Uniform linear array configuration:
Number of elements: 12
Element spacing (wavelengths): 0.25
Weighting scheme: kaiser
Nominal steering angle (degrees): -45
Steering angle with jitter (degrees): -43.645
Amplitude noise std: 0.05
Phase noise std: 0.05

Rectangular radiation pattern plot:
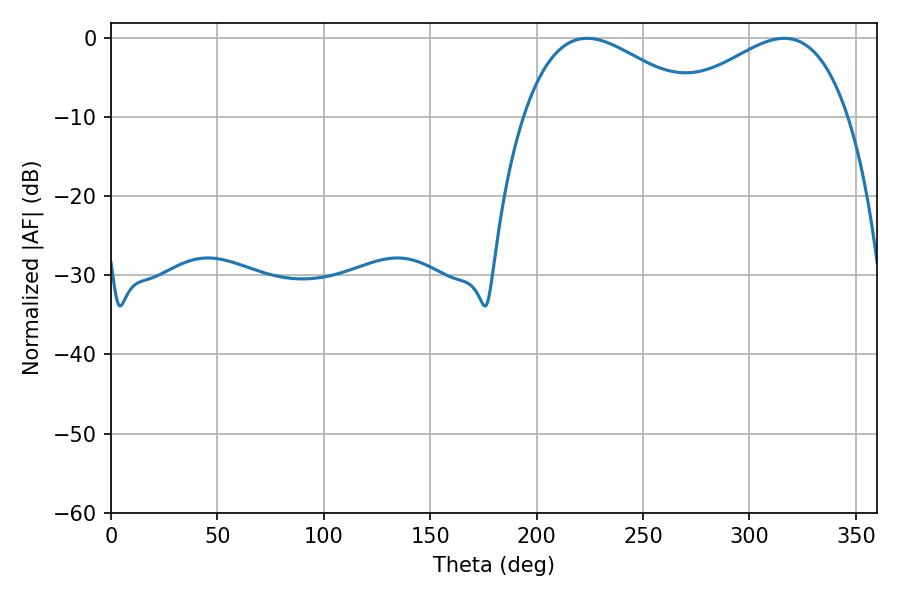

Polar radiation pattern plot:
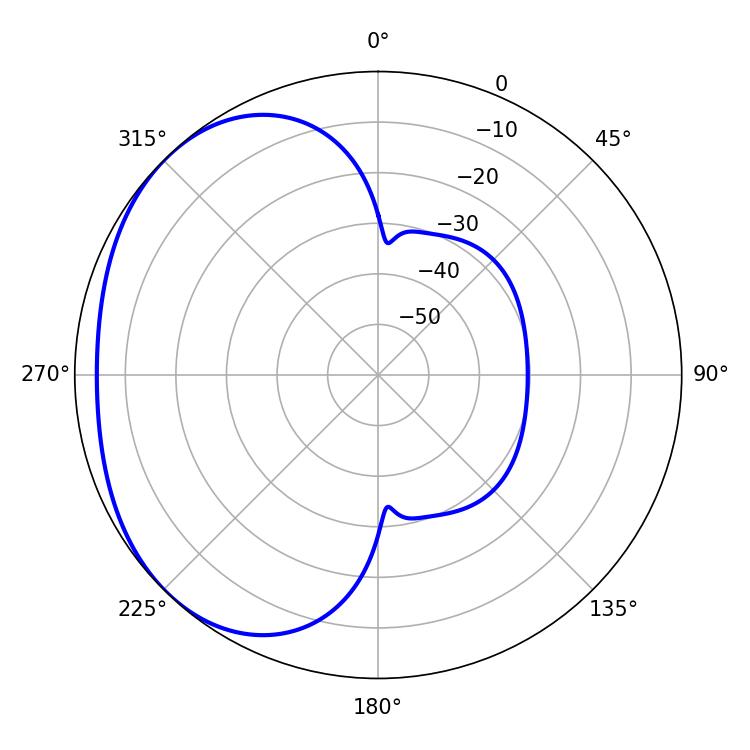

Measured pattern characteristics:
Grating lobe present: FALSE
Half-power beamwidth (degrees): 45.72
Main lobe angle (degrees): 223.74